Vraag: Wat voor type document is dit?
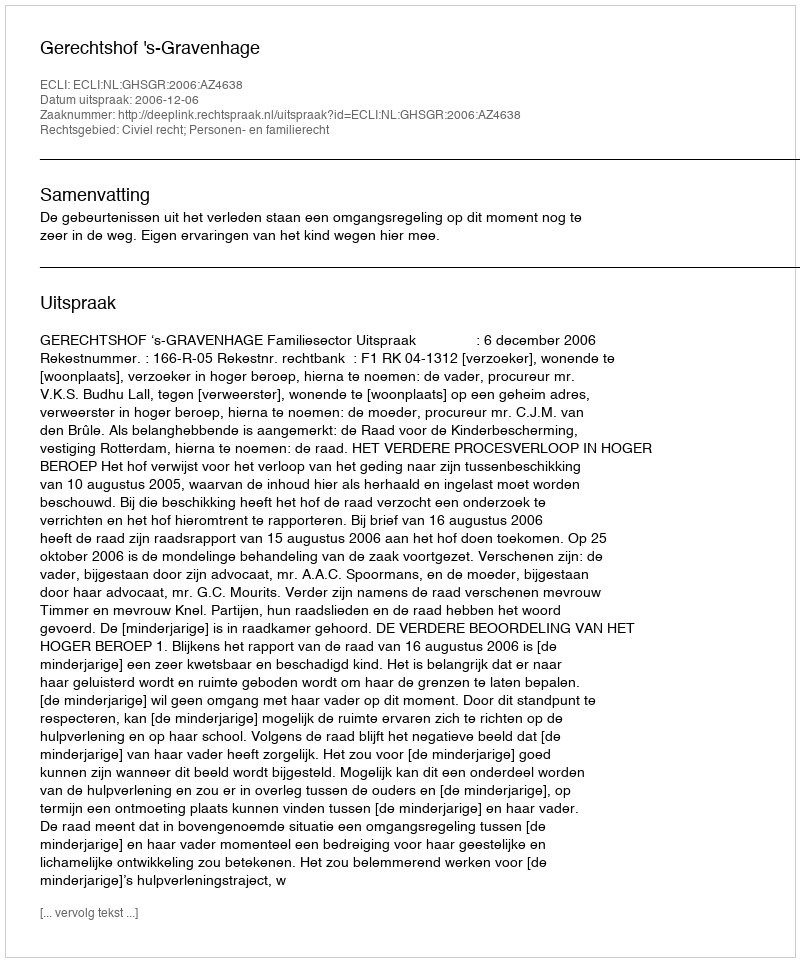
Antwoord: Uitspraak